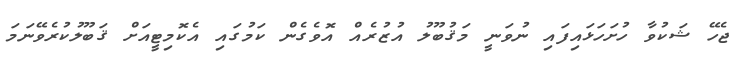
ޖެހޭ ޝަކުވާ ހުށަހަޅައިފައި ނުވަނީ މަޤުބޫލު އުޒުރެއް އޮވެގެން ކަމުގައި އެކޮމިޓީއަށް ޤަބޫލުކުރެވޭނަމަ